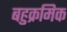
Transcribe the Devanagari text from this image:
बहुक्रमिक